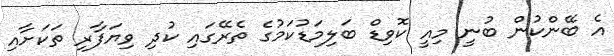
އެ ބޭންކުން ބުނީ މިއީ ކޮވިިޑް ބަލިމަޑުކަމުގެ ތެރޭގައި ކުދި ވިޔަފާރި ތަކަށާއި